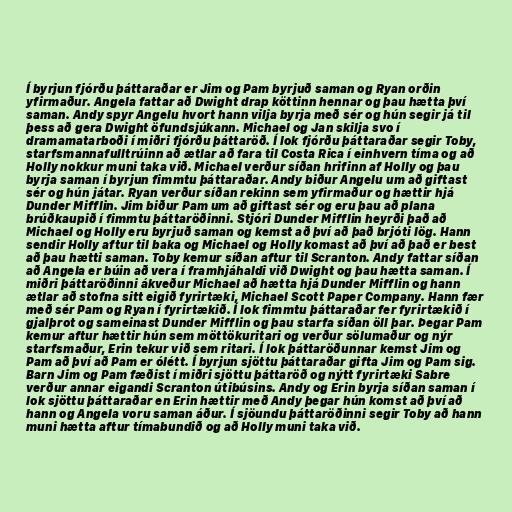
Í byrjun fjórðu þáttaraðar er Jim og Pam byrjuð saman og Ryan orðin
yfirmaður. Angela fattar að Dwight drap köttinn hennar og þau hætta því
saman. Andy spyr Angelu hvort hann vilja byrja með sér og hún segir já til
þess að gera Dwight öfundsjúkann. Michael og Jan skilja svo í
dramamatarboði í miðri fjórðu þáttaröð. Í lok fjórðu þáttaraðar segir Toby,
starfsmannafulltrúinn að ætlar að fara til Costa Rica í einhvern tíma og að
Holly nokkur muni taka við. Michael verður síðan hrifinn af Holly og þau
byrja saman í byrjun fimmtu þáttaraðar. Andy biður Angelu um að giftast
sér og hún játar. Ryan verður síðan rekinn sem yfirmaður og hættir hjá
Dunder Mifflin. Jim biður Pam um að giftast sér og eru þau að plana
brúðkaupið í fimmtu þáttaröðinni. Stjóri Dunder Mifflin heyrði það að
Michael og Holly eru byrjuð saman og kemst að því að það brjóti lög. Hann
sendir Holly aftur til baka og Michael og Holly komast að því að það er best
að þau hætti saman. Toby kemur síðan aftur til Scranton. Andy fattar síðan
að Angela er búin að vera í framhjáhaldi við Dwight og þau hætta saman. Í
miðri þáttaröðinni ákveður Michael að hætta hjá Dunder Mifflin og hann
ætlar að stofna sitt eigið fyrirtæki, Michael Scott Paper Company. Hann fær
með sér Pam og Ryan í fyrirtækið. Í lok fimmtu þáttaraðar fer fyrirtækið í
gjalþrot og sameinast Dunder Mifflin og þau starfa síðan öll þar. Þegar Pam
kemur aftur hættir hún sem möttökuritari og verður sölumaður og nýr
starfsmaður, Erin tekur við sem ritari. Í lok þáttaröðunnar kemst Jim og
Pam að því að Pam er ólétt. Í byrjun sjöttu þáttaraðar gifta Jim og Pam sig.
Barn Jim og Pam fæðist í miðri sjöttu þáttaröð og nýtt fyrirtæki Sabre
verður annar eigandi Scranton útibúsins. Andy og Erin byrja síðan saman í
lok sjöttu þáttaraðar en Erin hættir með Andy þegar hún komst að því að
hann og Angela voru saman áður. Í sjöundu þáttaröðinni segir Toby að hann
muni hætta aftur tímabundið og að Holly muni taka við.